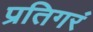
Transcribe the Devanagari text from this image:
प्रतिगरं